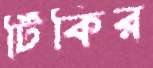
টিঁকির